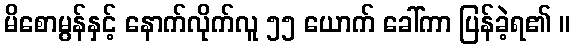
မိစောမွန်နှင့် နောက်လိုက်လူ ၅၅ ယောက် ခေါ်ကာ ပြန်ခဲ့ရ၏ ။